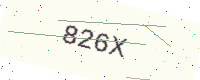
Text: 826X